Mental hospitals Bombay report 1921-28 - 1921-1928
Year: 1921
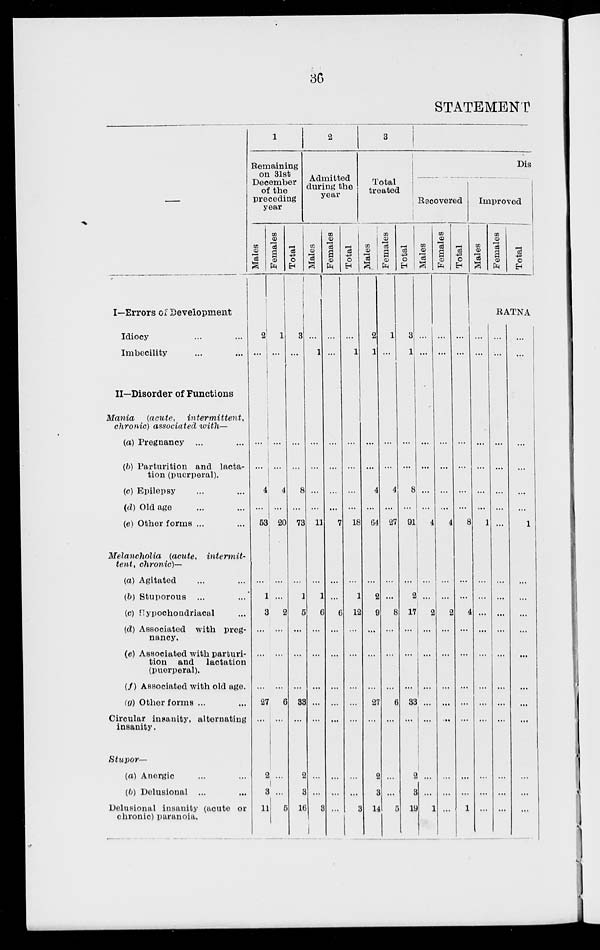
36
STATEMENT
—
I—Errors of Development
Idiocy ... ...
Imbecility ... ...
II—Disorder of Functions
Mania
(acute,
intermittent,
chronic) associated with—
(a) Pregnancy ... ...
(b) Parturition and lacta-
tion (puerperal).
(c) Epilepsy ... ...
(d) Old age ... ...
(e) Other forms ... ...
Melancholia
(acute,
intermit-
tent, chronic)—
(a) Agitated ... ...
(b) Stuporous ... ...
(c) Hypochondriacal ... ...
(d) Associated with preg-
nancy.
(e) Associated with parturi-
tion and
lactation
(puerperal).
(f) Associated with old age.
(g) Other forms ... ...
Circular insanity, alternating
insanity.
Stupor—
(a) Anergic ... ...
(b) Delusional ... ...
Delusional insanity (acute or
chronic) paranoia.
1
Remaining
on 31st
December
of the
preceding
year
Males
2
...
...
...
4
...
53
...
1
3
...
...
...
27
...
2
3
11
Females
1
...
...
...
4
...
20
...
...
2
...
...
...
6
...
...
...
5
Total
3
...
...
...
8
...
73
...
1
5
...
...
...
33
...
2
3
16
2
Admitted
during the
year
Males
...
1
...
...
...
...
11
...
1
6
...
...
...
...
...
...
...
3
Females
...
...
...
...
...
...
7
...
...
6
...
...
...
...
...
...
...
...
Total
...
1
...
...
...
...
18
...
1
12
...
...
...
...
...
...
...
3
3
Total
treated
Males
2
1
...
...
4
...
64
...
2
9
...
...
...
27
...
2
3
14
Females
1
...
...
...
4
...
27
...
...
8
...
...
...
6
...
...
...
5
Total
3
1
...
...
8
...
91
...
2
17
...
...
...
33
...
2
3
19
Dis
Recovered
Males
...
...
...
...
...
...
4
...
...
2
...
...
...
...
...
...
...
1
Females
...
...
...
...
...
...
4
...
...
2
...
...
...
...
...
...
...
...
Total
...
...
...
...
...
...
8
...
...
4
...
...
...
...
...
...
...
1
Improved
Males
Females
Total
RATNA
...
...
...
...
...
...
1
...
...
...
...
...
...
...
...
...
...
...
...
...
...
...
...
...
...
...
...
...
...
...
...
...
...
...
...
...
...
...
...
...
...
...
1
...
...
...
...
...
...
...
...
...
...
...